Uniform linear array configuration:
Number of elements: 4
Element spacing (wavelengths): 1
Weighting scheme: kaiser
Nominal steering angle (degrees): -15
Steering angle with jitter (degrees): -15.523
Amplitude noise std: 0.05
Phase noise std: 0.05

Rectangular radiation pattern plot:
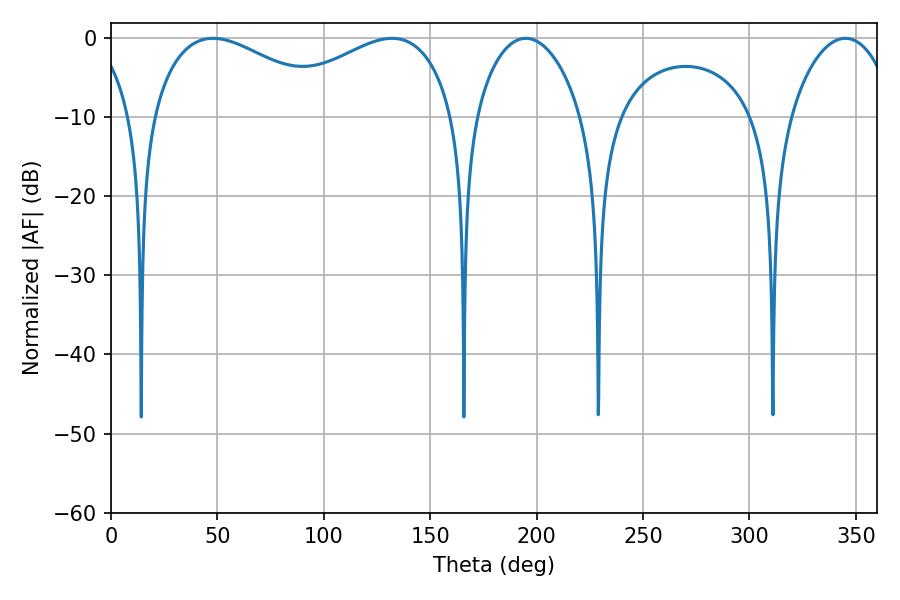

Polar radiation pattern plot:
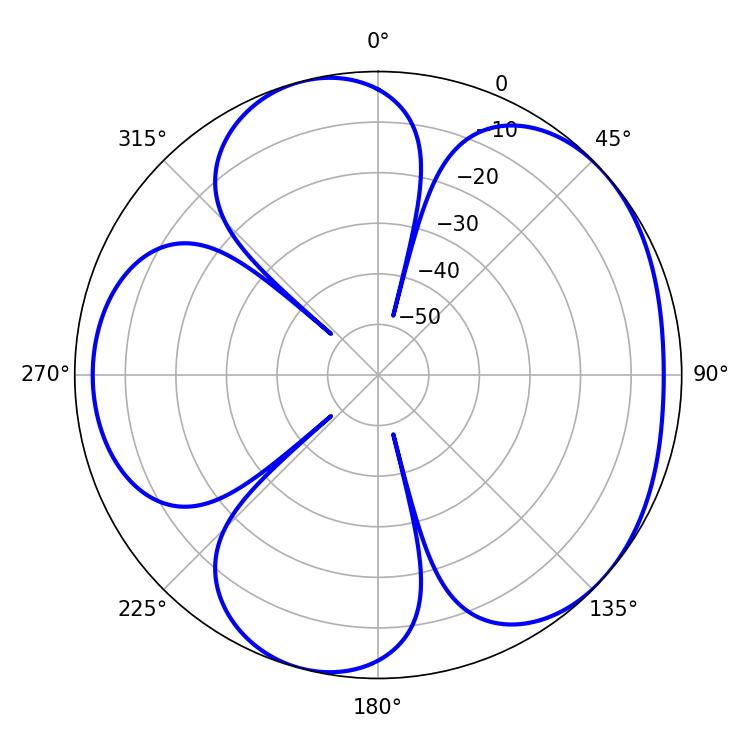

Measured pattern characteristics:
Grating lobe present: TRUE
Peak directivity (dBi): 4.797
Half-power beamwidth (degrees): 28.26
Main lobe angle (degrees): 194.94